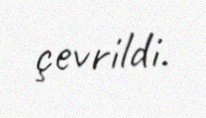
çevrildi.